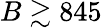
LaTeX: B\gtrsim 845